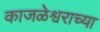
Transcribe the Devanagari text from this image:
काजळेश्वराच्या